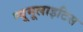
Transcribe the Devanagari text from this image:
न्यूमूलाइटिस